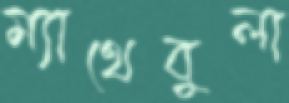
ম্যাথেবুলা